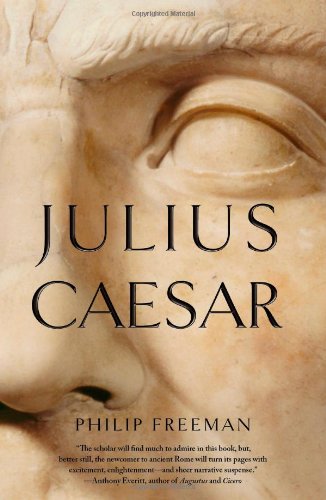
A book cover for Julius Caesar; Philip Freeman; History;